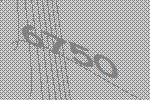
6750